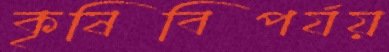
কৃষিবিপর্যয়